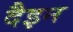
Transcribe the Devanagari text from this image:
दैइन